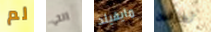
لم التي مايفيلد تعزفين